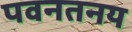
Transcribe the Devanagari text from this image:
पवनतनय